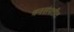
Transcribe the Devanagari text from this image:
वनसंपत्तीत